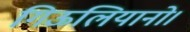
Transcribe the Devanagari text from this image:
गिऊलियानो।